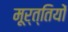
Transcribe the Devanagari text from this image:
मूर्त्तियों